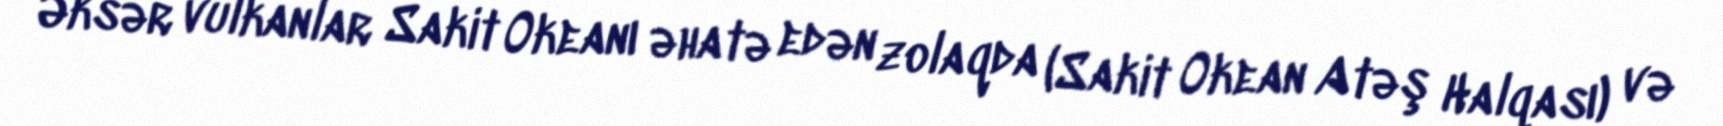
Əksər vulkanlar Sakit Okeanı əhatə edən zolaqda (Sakit Okean Atəş Halqası) və